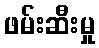
ဖမ်းဆီးမှု